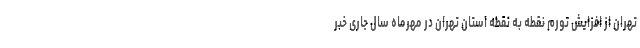
تهران از افزایش تورم نقطه به نقطه استان تهران در مهرماه سال جاری خبر